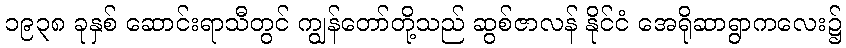
၁၉၃၈ ခုနှစ် ဆောင်းရာသီတွင် ကျွန်တော်တို့သည် ဆွစ်ဇာလန် နိုင်ငံ အေရိုဆာရွာကလေး၌